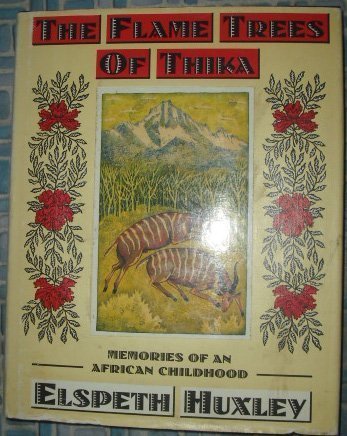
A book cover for The Flame Trees of Thika: Memories of an African Childhood; Elspeth Huxley; Travel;